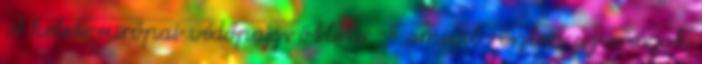
A kelet-európai védőpajzs ötlete -- amivel részben az oroszok